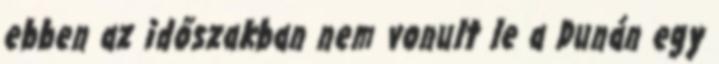
ebben az időszakban nem vonult le a Dunán egy